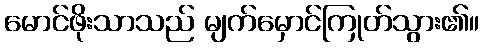
မောင်ဖိုးသာသည် မျက်မှောင်ကြုတ်သွား၏။